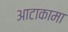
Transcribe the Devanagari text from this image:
आटाकामा